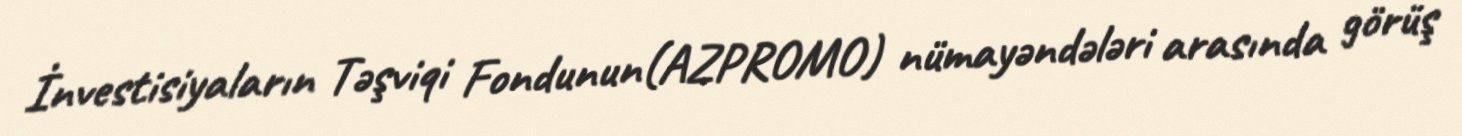
İnvestisiyaların Təşviqi Fondunun(AZPROMO) nümayəndələri arasında görüş